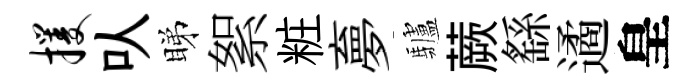
攫㕥睇絮粧夣驢蕨繇遹皇